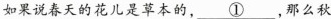
如果说春天的花儿是草本的，\underline{①}，那么秋